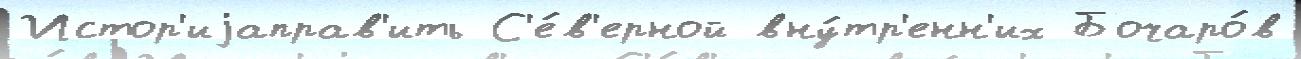
Истор'иjаправ'ить С'е́в'ерной вну́тр'енн'их Бочаро́в